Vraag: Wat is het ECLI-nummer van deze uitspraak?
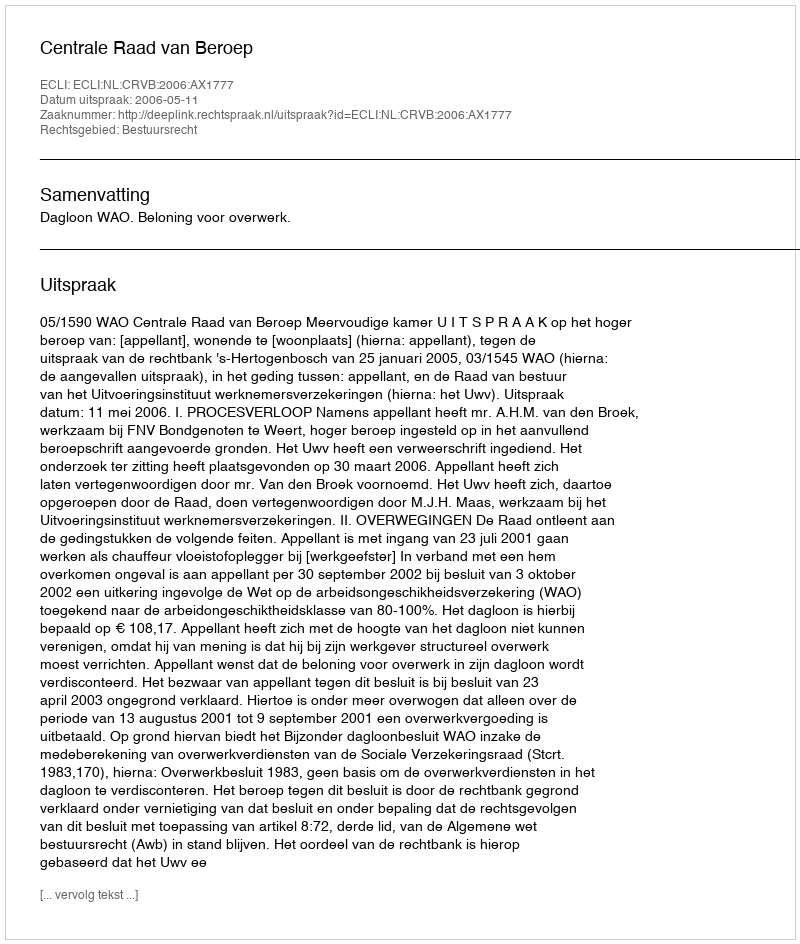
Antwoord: ECLI:NL:CRVB:2006:AX1777